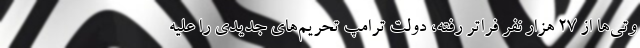
وتی‌ها از 27 هزار نفر فراتر رفته، دولت ترامپ تحریم‌های جدیدی را علیه